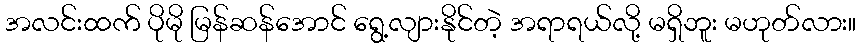
အလင်းထက် ပိုမို မြန်ဆန်အောင် ရွေ့လျားနိုင်တဲ့ အရာရယ်လို့ မရှိဘူး မဟုတ်လား။